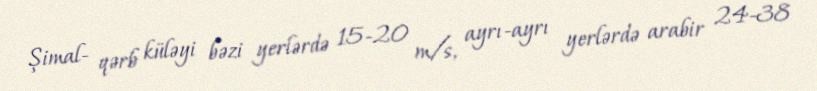
Şimal- qərb küləyi bəzi yerlərdə 15-20 m/s, ayrı-ayrı yerlərdə arabir 24-38